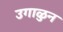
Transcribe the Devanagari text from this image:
उगाळुन